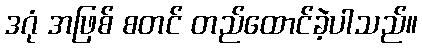
ဒဂုံ အဖြစ် စတင် တည်ထောင်ခဲ့ပါသည်။